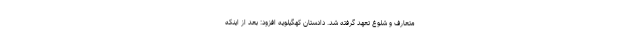
متعارف و شلوغ تعهد گرفته شد. دادستان کهگیلویه افزود: بعد از اینکه